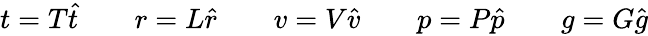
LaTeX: \begin{array}{r}{t=T\hat{t}\qquad r=L\hat{r}\qquad v=V\hat{v}\qquad p=P\hat{p}\qquad g=G\hat{g}}\end{array}